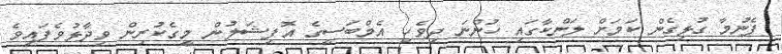
ފެނުމާ ގުޅިގެން ކަމަށް ލަންކާގައި ހުންނަ ދިވެހި އެމްބަސީގެ އޮފިޝަލުން މީގެކުރިން ވިދާޅުވެފައިވެ